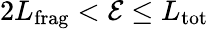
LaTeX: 2{L}_{\mathrm{frag}}<\mathcal{E}\leq{L}_{\mathrm{tot}}